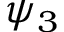
\psi _ { 3 }